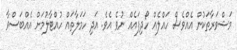
މަޝްވަރާތަކުން އެއްވެސް ހައްލެއް ހޯދިފައެއް ނުވެ އެވެ. އަދި ހަމަލާތައް ހުއްޓާލުމަށް އެއްބަސްވާ